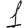
Digit: 1